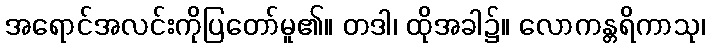
အရောင်အလင်းကိုပြတော်မူ၏။ တဒါ၊ ထိုအခါ၌။ လောကန္တရိကာသု၊